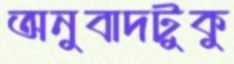
অনুবাদটুকু